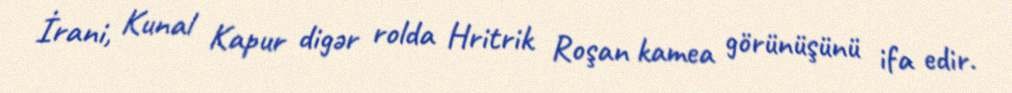
İrani, Kunal Kapur digər rolda Hritrik Roşan kamea görünüşünü ifa edir.